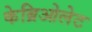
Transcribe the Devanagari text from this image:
केब्रिओलेट